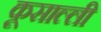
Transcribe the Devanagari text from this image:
कूसाल्ली